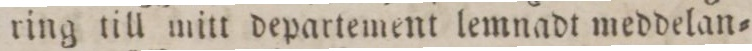
ring till mitt departement lemnadt meddelan=